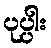
ပုပ္ပါး